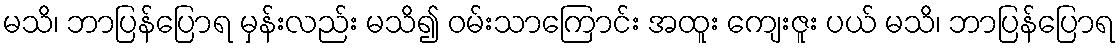
မသိ၊ ဘာပြန်ပြောရ မှန်းလည်း မသိ၍ ဝမ်းသာကြောင်း အထူး ကျေးဇူး ပယ် မသိ၊ ဘာပြန်ပြောရ